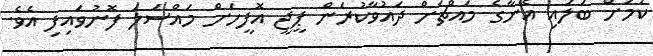
ކަމަށް ބަލައި އޭނާގެ މައްޗަށް ދައުވާކުރަން ޕީޖީ އޮފީހަށް މައްސަލަ ފޮނުވައިފި އެވެ.